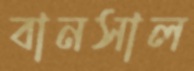
বানসাল